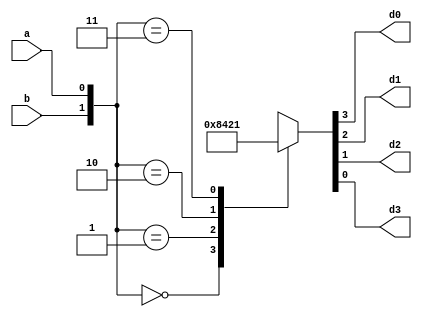
`timescale 1ns / 1ps
//////////////////////////////////////////////////////////////////////////////////
// Company: 
// Engineer: 
// 
// Design Name: 
// Module Name: decoder
// Project Name: 
// Target Devices: 
// Tool Versions: 
// Description: 
// 
// Dependencies: 
// 
// Revision:
// Revision 0.01 - File Created
// Additional Comments:
// 
//////////////////////////////////////////////////////////////////////////////////


module decoder(b,a,d0,d1,d2,d3);
input b,a;
output reg d0,d1,d2,d3;
always@(*)begin
case({b,a})
2'b00:{d0,d1,d2,d3}=4'b1000;
2'b01:{d0,d1,d2,d3}=4'b0100;
2'b10:{d0,d1,d2,d3}=4'b0010;
2'b11:{d0,d1,d2,d3}=4'b0001;
endcase
end
endmodule